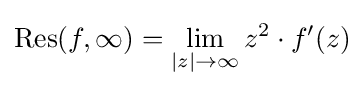
\operatorname {Res} (f,\infty )=\lim _{|z|\to \infty }z^{2}\cdot f'(z)